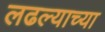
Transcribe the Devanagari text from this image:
लढल्याच्या